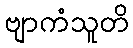
ဗျာကံသူတိ